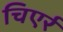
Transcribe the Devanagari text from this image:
चिएर्र